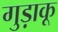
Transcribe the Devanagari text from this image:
गुड़ाकू